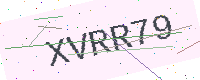
Text: XVRR79